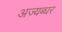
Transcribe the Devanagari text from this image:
अज्यब्घर